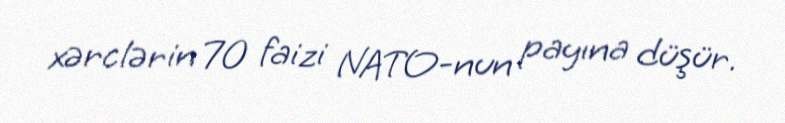
xərclərin 70 faizi NATO-nun payına düşür.